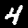
Digit: 4